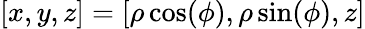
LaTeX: [x,y,z]=[\rho\cos(\phi),\rho\sin(\phi),z]